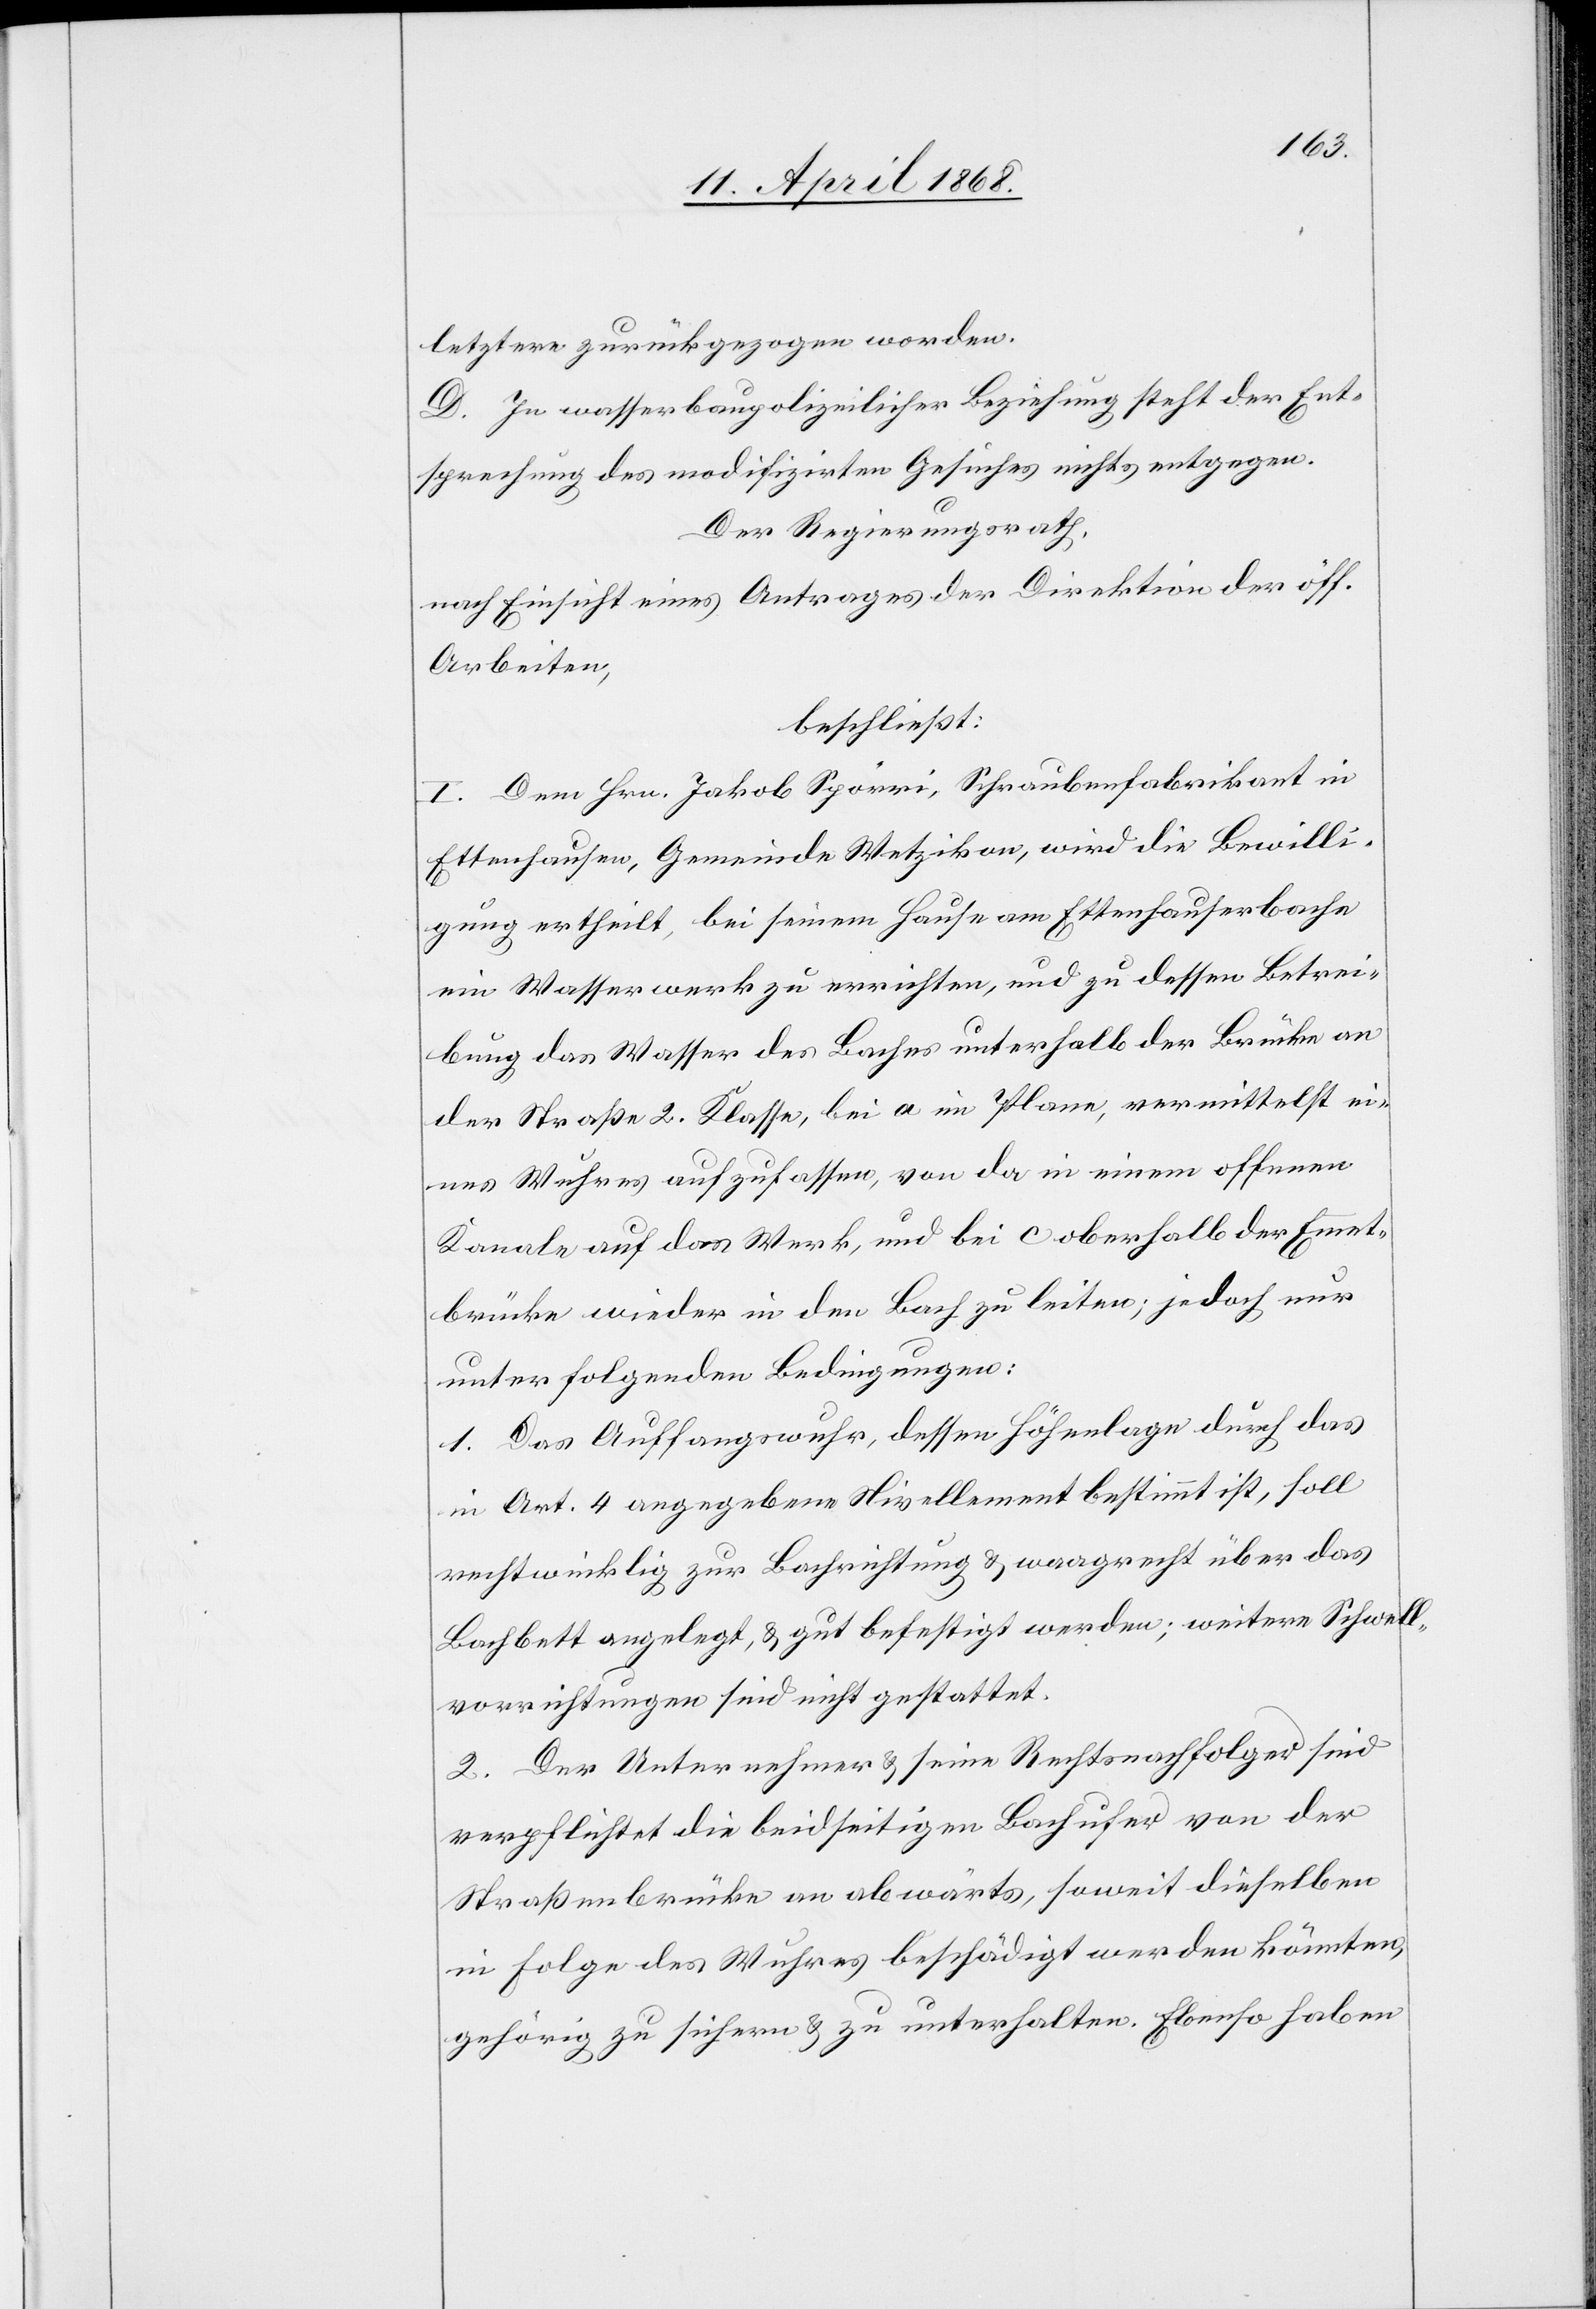
letztere zurückgezogen worden.
D. In wasserbaupolizeilicher Beziehung steht der Ent¬
sprechung des modifizirten Gesuches nichts entgegen.
Der Regierungsrath,
nach Einsicht eines Antrages der Direktion der öff.
Arbeiten,
beschließt:
I. Dem Hrn. Jakob Spörri, Schraubenfabrikant in
Ettenhausen, Gemeinde Wetzikon, wird die Bewilli¬
gung ertheilt, bei seinem Hause am Ettenhauserbache
ein Wasserwerk zu errichten, und zu dessen Betrei¬
bung das Wasser des Baches unterhalb der Brücke an
der Straße 2. Klasse, bei a im Plane, vermittelst ei¬
nes Wuhres aufzufassen, von da in einem offenen
Kanale auf das Werk, und bei c oberhalb der Emmet¬
brücke wieder in den Bach zu leiten; jedoch nur
unter folgenden Bedingungen:
1. Das Auffangswuhr, dessen Höhenlage durch das
in Art. 4 angegebene Nivellement bestimmt ist, soll
rechtwinklig zur Bachrichtung & waagrecht über das
Bachbett angelegt, & gut befestigt werden; weitere Schwell¬
vorrichtungen sind nicht gestattet.
2. Der Unternehmer & seine Rechtsnachfolger sind
verpflichtet die beidseitigen Bachufer von der
Straßenbrücke an abwärts, soweit dieselben
in Folge des Wuhres beschädigt werden könnten,
gehörig zu sichern & zu unterhalten. Ebenso haben